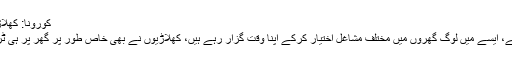
کورونا: کھلاڑیوں نے گھر میں ہی مصروفیت ڈھونڈلی – DOST News
کورونا کے سبب مُلک بھر میں زندگی جیسے ٹھہر سی گئی ہے، ایسے میں لوگ گھروں میں مختلف مشاغل اختیار کرکے اپنا وقت گزار رہے ہیں، کھلاڑیوں نے بھی خاص طور پر گھر پر ہی ٹریننگ کرنے کے علاوہ دیگر مصروفیات اختیار کی ہوئی ہیں۔